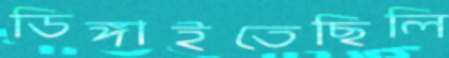
ডিঙ্গাইতেছিলি